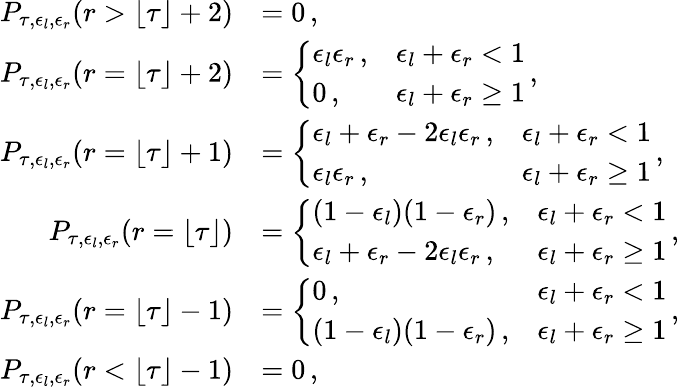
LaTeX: \begin{array}{rl}{P_{\tau,\epsilon_{l},\epsilon_{r}}(r>\lfloor\tau\rfloor+2)}&{=0\, ,}\\ {P_{\tau,\epsilon_{l},\epsilon_{r}}(r=\lfloor\tau\rfloor+2)}&{=\left\{ \begin{array}{ll}{\epsilon_{l}\epsilon_{r}\, ,}&{\epsilon_{l}+\epsilon_{r}<1}\\ {0\, ,}&{\epsilon_{l}+\epsilon_{r}\geq 1}\end{array}\right.\, ,}\\ {P_{\tau,\epsilon_{l},\epsilon_{r}}(r=\lfloor\tau\rfloor+1)}&{=\left\{ \begin{array}{ll}{\epsilon_{l}+\epsilon_{r}-2\epsilon_{l}\epsilon_{r}\, ,}&{\epsilon_{l}+\epsilon_{r}<1}\\ {\epsilon_{l}\epsilon_{r}\, ,}&{\epsilon_{l}+\epsilon_{r}\geq 1}\end{array}\right.\, ,}\\ {P_{\tau,\epsilon_{l},\epsilon_{r}}(r=\lfloor\tau\rfloor)}&{=\left\{ \begin{array}{ll}{(1-\epsilon_{l})(1-\epsilon_{r})\, ,}&{\epsilon_{l}+\epsilon_{r}<1}\\ {\epsilon_{l}+\epsilon_{r}-2\epsilon_{l}\epsilon_{r}\, ,}&{\epsilon_{l}+\epsilon_{r}\geq 1}\end{array}\right.\, ,}\\ {P_{\tau,\epsilon_{l},\epsilon_{r}}(r=\lfloor\tau\rfloor-1)}&{=\left\{ \begin{array}{ll}{0\, ,}&{\epsilon_{l}+\epsilon_{r}<1}\\ {(1-\epsilon_{l})(1-\epsilon_{r})\, ,}&{\epsilon_{l}+\epsilon_{r}\geq 1}\end{array}\right.\, ,}\\ {P_{\tau,\epsilon_{l},\epsilon_{r}}(r<\lfloor\tau\rfloor-1)}&{=0\, ,}\end{array}